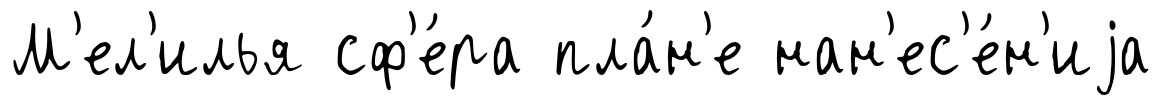
М'ел'илья сф'е́ра пла́н'е нан'ес'е́н'иjа